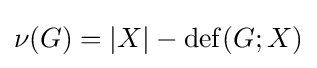
\nu (G)=|X|-\operatorname {def} (G;X)